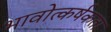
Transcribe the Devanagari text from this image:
भावोत्कर्षकता